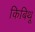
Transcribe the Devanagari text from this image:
किबिथू